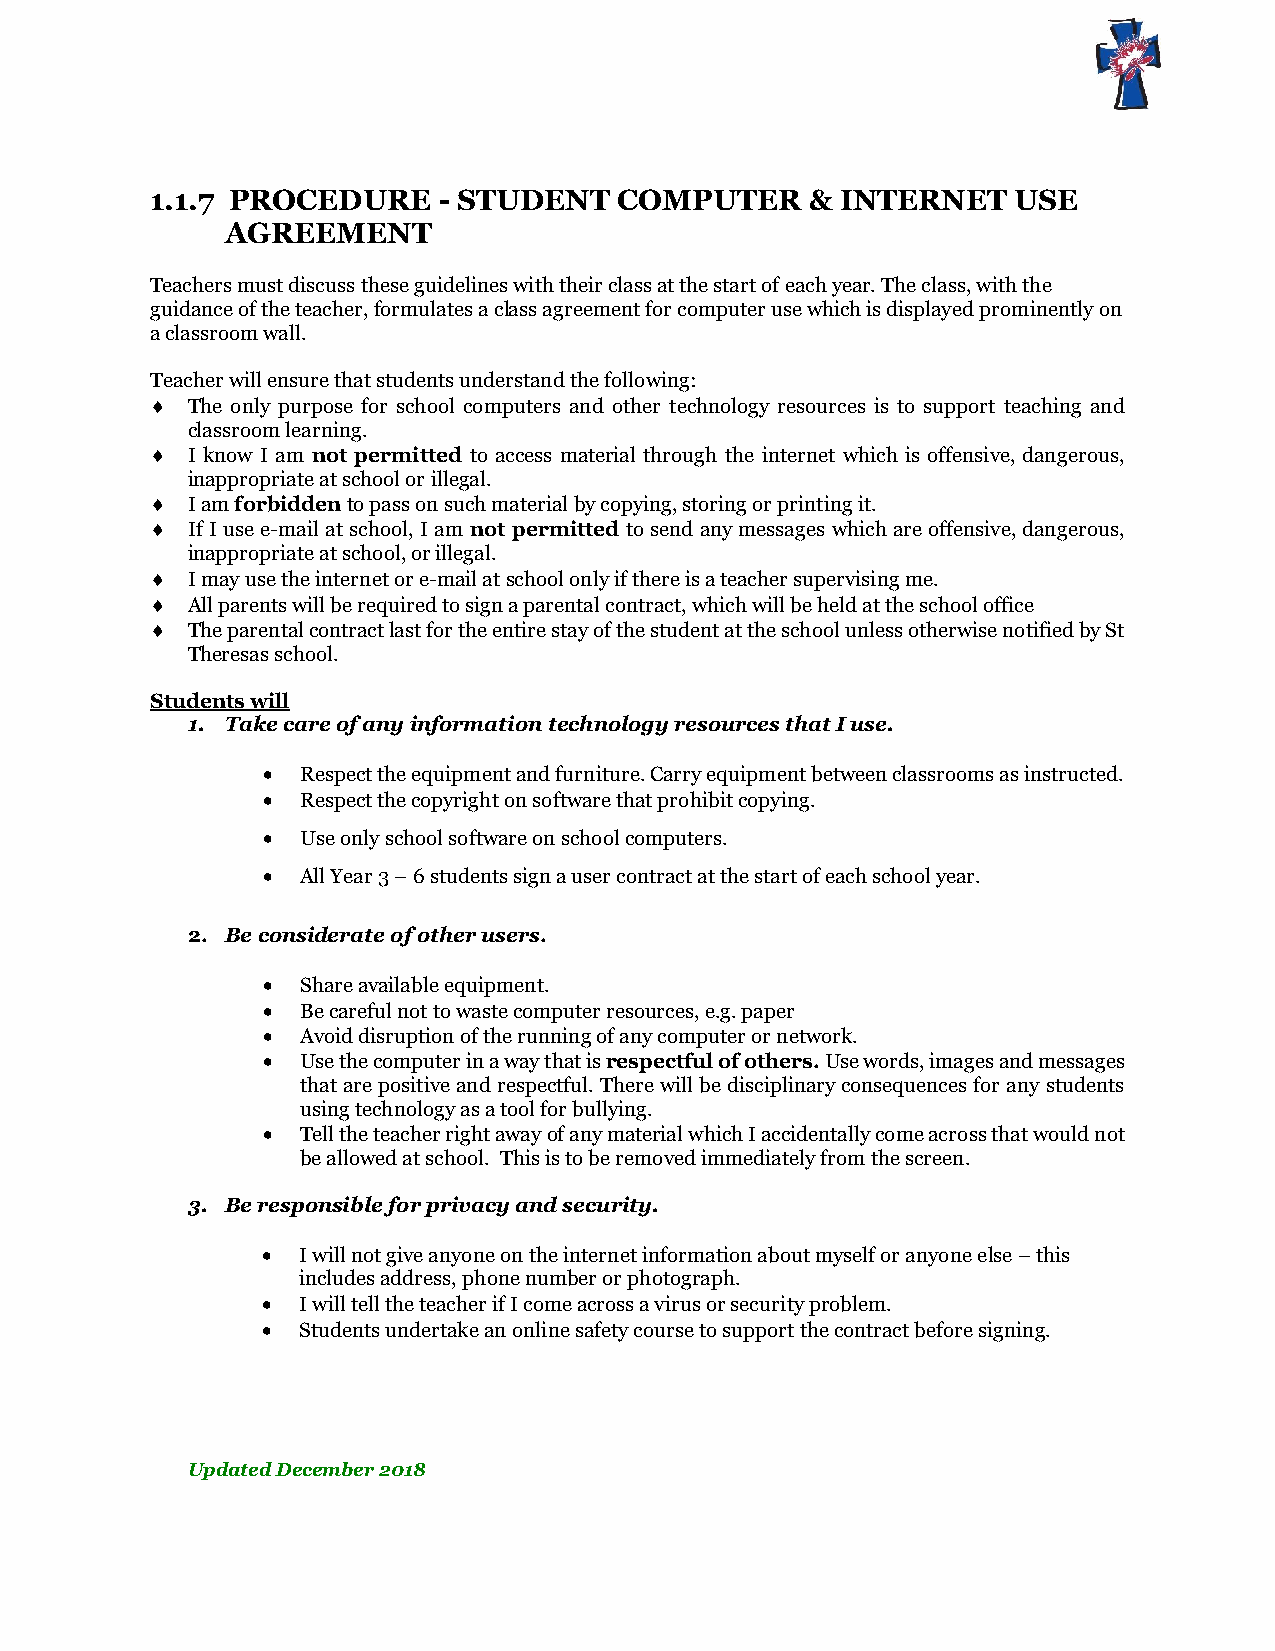
1.1.7 PROCEDURE    - STUDENT   COMPUTER     & INTERNET   USE
 AGREEMENT
 Teachers must discuss these guidelines with their class at the start of each year. The class, with the
 guidance of the teacher, formulates a class agreement for computer use which is displayed prominently on
 a classroom wall.
 Teacher will ensure that students understand the following:
  The only purpose for school computers and other technology resources is to support teaching and
 classroom learning.
  I know I am not permitted to access material through the internet which is offensive, dangerous,
 inappropriate at school or illegal.
  I am forbidden to pass on such material by copying, storing or printing it.
  If I use e-mail at school, I am not permitted to send any messages which are offensive, dangerous,
 inappropriate at school, or illegal.
  I may use the internet or e-mail at school only if there is a teacher supervising me.
  All parents will be required to sign a parental contract, which will be held at the school office
  The parental contract last for the entire stay of the student at the school unless otherwise notified by St
 Theresas school.
 Students will
 1. Take care of any information technology resources that I use.
   Respect the equipment and furniture. Carry equipment between classrooms as instructed.
   Respect the copyright on software that prohibit copying.
   Use only school software on school computers.
   All Year 3 – 6 students sign a user contract at the start of each school year.
 2. Be considerate of other users.
   Share available equipment.
   Be careful not to waste computer resources, e.g. paper
   Avoid disruption of the running of any computer or network.
   Use the computer in a way that is respectful of others. Use words, images and messages
 that are positive and respectful. There will be disciplinary consequences for any students
 using technology as a tool for bullying.
   Tell the teacher right away of any material which I accidentally come across that would not
 be allowed at school. This is to be removed immediately from the screen.
 3. Be responsible for privacy and security.
   I will not give anyone on the internet information about myself or anyone else – this
 includes address, phone number or photograph.
   I will tell the teacher if I come across a virus or security problem.
   Students undertake an online safety course to support the contract before signing.
 Updated December 2018